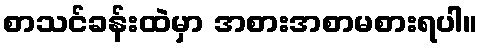
စာသင်ခန်းထဲမှာ အစားအစာမစားရပါ။